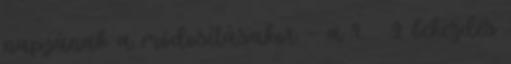
napjának a módosításakor – a 9. § 2 bekezdés